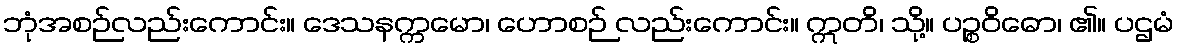
ဘုံအစဉ်လည်းကောင်း။ ဒေသနက္ကမော၊ ဟောစဉ် လည်းကောင်း။ ဣတိ၊ သို့။ ပဉ္စဝိဓော၊ ၏။ ပဌမံ